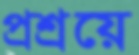
প্রশ্রয়ে